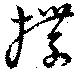
揲